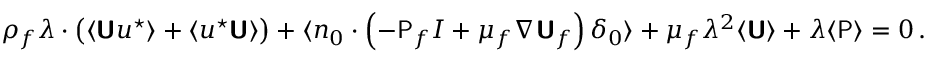
\rho _ { f } \boldsymbol { \lambda } \boldsymbol { \cdot } \left( \langle \boldsymbol { \mathsf { U } } \boldsymbol { u } ^ { \star } \rangle + \langle \boldsymbol { u } ^ { \star } \boldsymbol { \mathsf { U } } \rangle \right) + \langle \boldsymbol { n } _ { 0 } \boldsymbol { \cdot } \left( - \mathsf { P } _ { f } \boldsymbol { I } + \mu _ { f } \boldsymbol { \nabla } \boldsymbol { \mathsf { U } } _ { f } \right) \delta _ { 0 } \rangle + \mu _ { f } \lambda ^ { 2 } \langle \boldsymbol { \mathsf { U } } \rangle + \boldsymbol { \lambda } \langle \mathsf { P } \rangle = 0 \, .